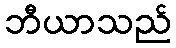
ဘီယာသည်